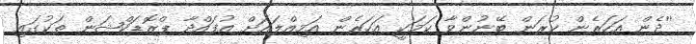
''ދެން އަހަރެން ކުރަން ބޭނުންވާ ކަމަކީ އަހަރެން އަމިއްލައަށް އުފައްދާ ޕްރޮޑަކްޝަން ތަކުގައި